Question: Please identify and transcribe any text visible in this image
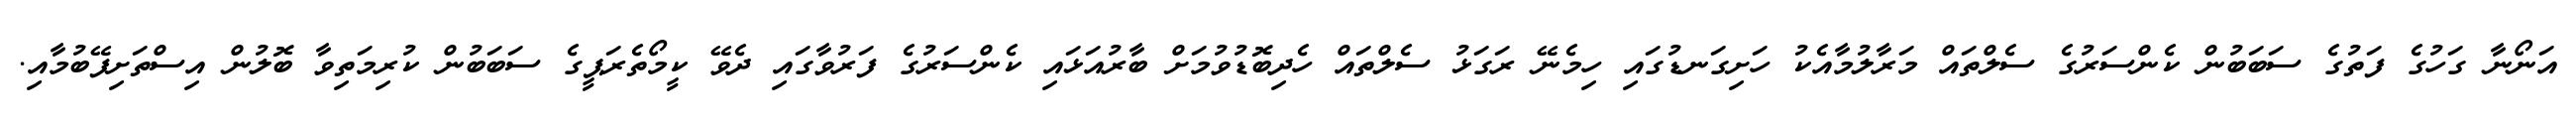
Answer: އަނޯނާ ގަހުގެ ފަތުގެ ސަބަބުން ކެންސަރުގެ ސެލްތައް މަރާލުމާއެކު ހަށިގަނޑުގައި ހިމެނޭ ރަގަޅު ސެލްތައް ހެދިބޮޑުވުމަށް ބާރުއަޅައި ކެންސަރުގެ ފަރުވާގައި ދެވޭ ކީމޯތެރަޕީގެ ސަބަބުން ކުރިމަތިވާ ބޮލުން އިސްތަށިފޭބުމާއި.